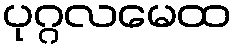
ပုဂ္ဂလမေထ